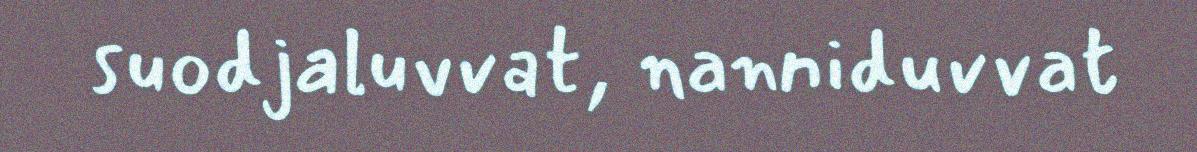
suodjaluvvat, nanniduvvat